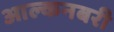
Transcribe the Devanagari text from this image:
आल्कनबरी